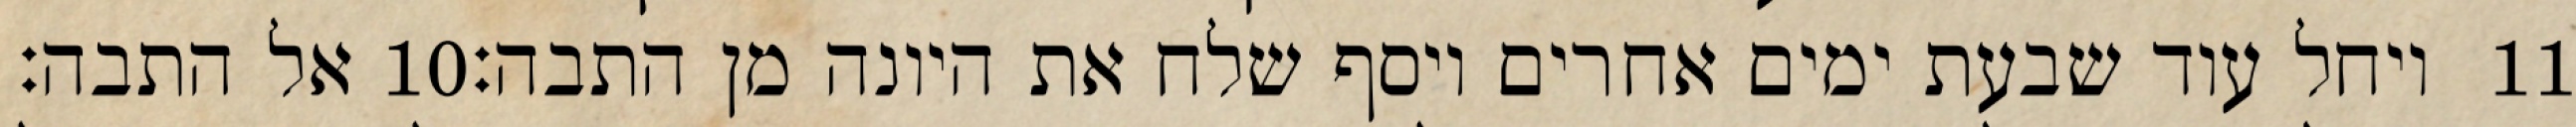
אל התבה׃ ‎10‏ ויחל עוד שבעת ימים אחרים ויסף שלח את היונה מן התבה׃ ‎11‏